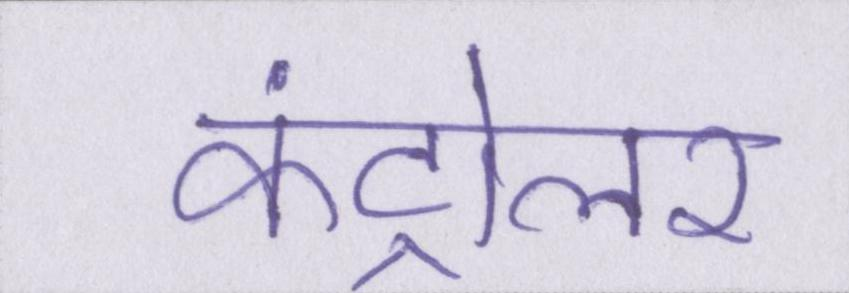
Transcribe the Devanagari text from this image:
कंट्रोलर